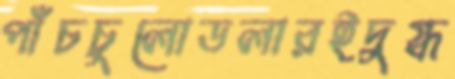
পাঁচচুলোডলারইদুগ্ধ